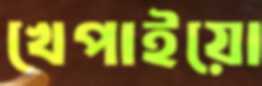
খেপাইয়ো